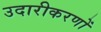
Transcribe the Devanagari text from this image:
उदारीकरणों